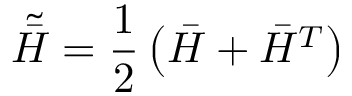
\tilde { \bar { H } } = \frac { 1 } { 2 } \left( \bar { H } + \bar { H } ^ { T } \right)